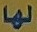
لها